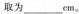
取为___cm。